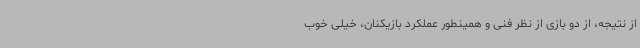
از نتیجه، از دو بازی از نظر فنی و همینطور عملکرد بازیکنان، خیلی خوب